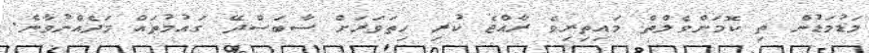
މަޑުމަޑުން ތި ކޮމަންވެލްތް މައިތިރިވެ ރާއްޖެ ކުރި ހިތަވަރަށް ސާބަސްދޭ ގައުމުތައް މަދެއްނުވާނެ.